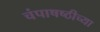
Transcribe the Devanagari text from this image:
चंपाषष्ठीच्या